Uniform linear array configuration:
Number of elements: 8
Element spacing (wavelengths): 0.5
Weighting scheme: uniform
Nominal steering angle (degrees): -60
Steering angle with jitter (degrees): -58.653
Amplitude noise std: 0.05
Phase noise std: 0.05

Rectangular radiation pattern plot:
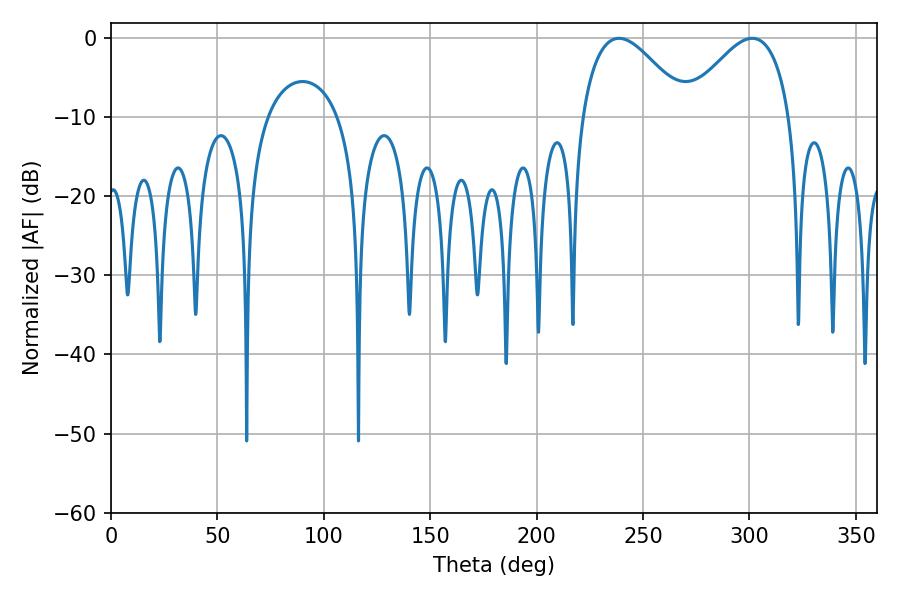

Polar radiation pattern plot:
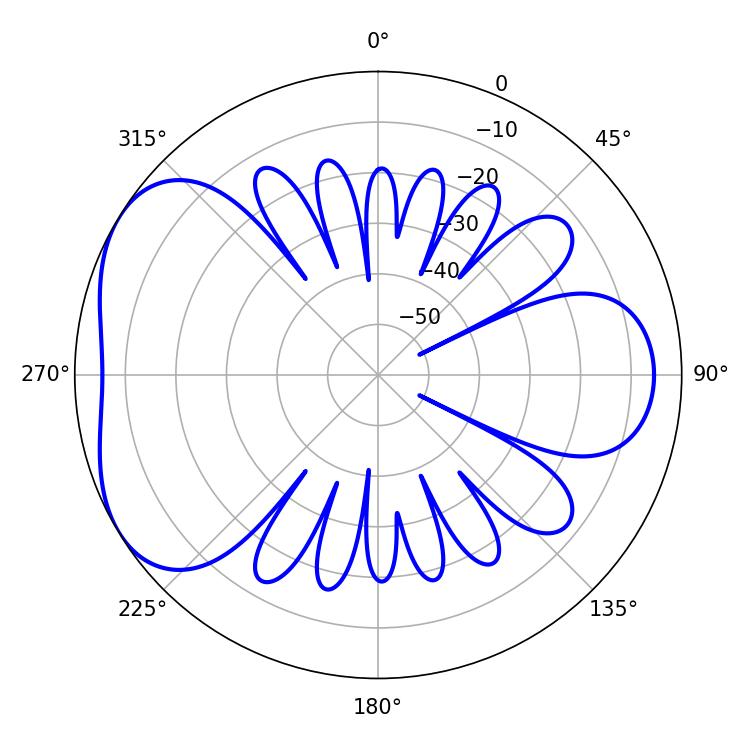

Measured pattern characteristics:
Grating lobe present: FALSE
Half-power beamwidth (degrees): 26.82
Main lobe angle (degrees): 238.68